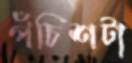
পঁচিশটা